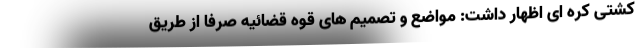
کشتی کره ای اظهار داشت: مواضع و تصمیم های قوه قضائیه صرفا از طریق